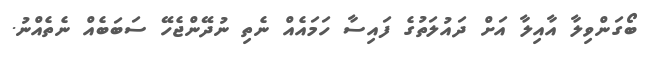
ބޯގަންވިލާ އާއިލާ އަށް ދައުލަތުގެ ފައިސާ ހަމައެއް ނެތި ނުދޭންޖެހޭ ސަބަބެއް ނެތެއްނު.